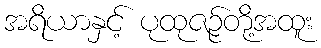
အရိယာနှင့် ပုထုဇဉ်တို့အထူး